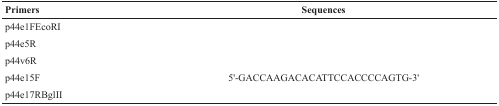
<table><thead><tr><td><b>Primers</b></td><td><b>Sequences</b></td></tr></thead><tbody><tr><td>p44e1FEcoRI</td><td>[EMPTY_CELL]</td></tr><tr><td>p44e5R</td><td>[EMPTY_CELL]</td></tr><tr><td>p44v6R</td><td>[EMPTY_CELL]</td></tr><tr><td>p44e15F</td><td>5'-GACCAAGACACATTCCACCCCAGTG-3'</td></tr><tr><td>p44e17RBglII</td><td>[EMPTY_CELL]</td></tr></tbody></table>